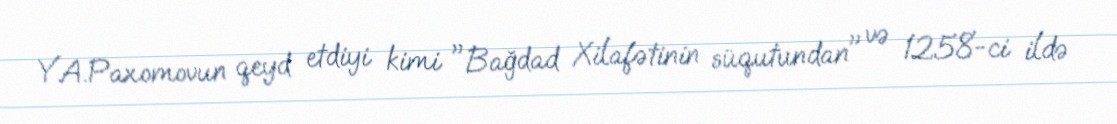
Y.A.Paxomovun qeyd etdiyi kimi "Bağdad Xilafətinin süqutundan" və 1258-ci ildə